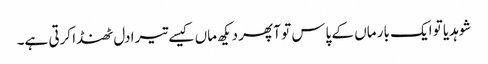
شوہدیا تو ایک بار ماں کے پاس تو آ پھر دیکھ ماں کیسے تیرا دل ٹھنڈا کرتی ہے۔